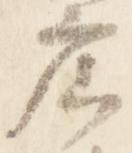
広